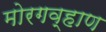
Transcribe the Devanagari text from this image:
मोरगव्हाण